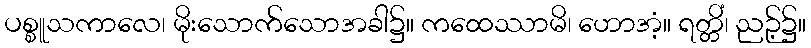
ပစ္စူသကာလေ၊ မိုးသောက်သောအခါ၌။ ကထေဿာမိ၊ ဟောအံ့။ ရတ္တိံ၊ ညဉ့်၌။